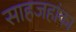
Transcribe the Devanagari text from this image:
साहजहांका